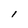
Character: l